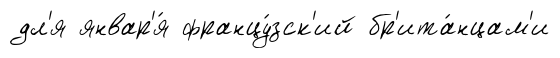
дл'я январ'я́ францу́зск'ий бр'ита́нцам'и